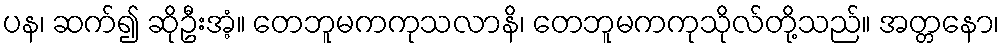
ပန၊ ဆက်၍ ဆိုဦးအံ့။ တေဘူမကကုသလာနိ၊ တေဘူမကကုသိုလ်တို့သည်။ အတ္တနော၊